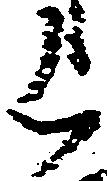
上